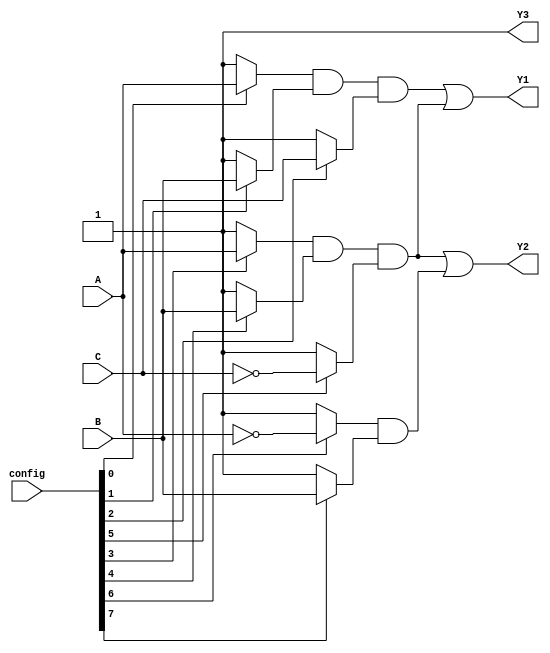
module fused_pal (
    input wire A,       // Input A
    input wire B,       // Input B
    input wire C,       // Input C
    input wire [7:0] config, // Configuration for programmable AND gates
    output wire Y1,     // Output Y1
    output wire Y2,     // Output Y2
    output wire Y3      // Output Y3
);

// Programmable AND gates
wire and_out0, and_out1, and_out2, and_out3;

// AND gate configurations based on input signals and configuration bits
assign and_out0 = (config[0] ? A : 1'b1) & (config[1] ? B : 1'b1) & (config[2] ? C : 1'b1);
assign and_out1 = (config[3] ? A : 1'b1) & (config[4] ? B : 1'b1) & (config[5] ? ~C : 1'b1);
assign and_out2 = (config[6] ? ~A : 1'b1) & (config[7] ? B : 1'b1) & (config[8] ? C : 1'b1);
assign and_out3 = (config[9] ? A : 1'b1) & (config[10] ? ~B : 1'b1) & (config[11] ? ~C : 1'b1);

// Fixed OR gates combining outputs of AND gates
assign Y1 = and_out0 | and_out1; // Output Y1 is the OR of the first two AND gates
assign Y2 = and_out1 | and_out2; // Output Y2 is the OR of the second and third AND gates
assign Y3 = and_out2 | and_out3; // Output Y3 is the OR of the third and fourth AND gates

endmodule